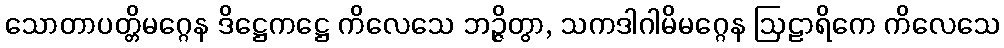
သောတာပတ္တိမဂ္ဂေန ဒိဋ္ဌေကဋ္ဌေ ကိလေသေ ဘဉ္ဇိတွာ, သကဒါဂါမိမဂ္ဂေန ဩဠာရိကေ ကိလေသေ